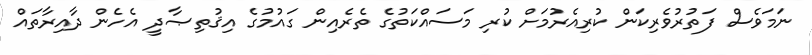
ނަމަވެސް ފަތުރުވެރިކަން ކުރިއެރުމަށް ކުރި މަސައްކަތުގެ ތެރެއިން ގައުމުގެ އިޤުތިޞާދީ އެހެން ދާއިރާތައް